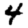
Digit: 4